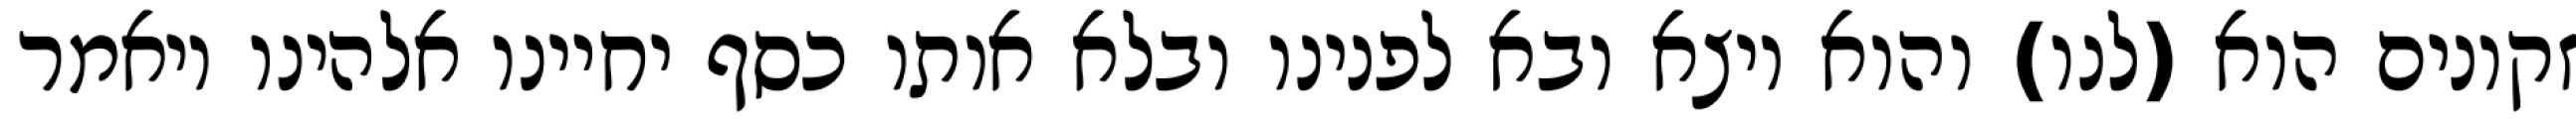
זקונים הוא (לנו) והוא יוצא ובא לפנינו ובלא אותו כסף יחיינו אלהינו ויאמר